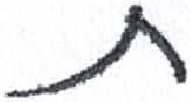
אות: ת